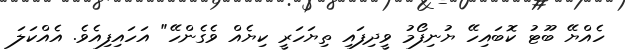
ހެއްޔޭ ބޫޓު ކޮބައިހޭ ޔުނިފޯމު ވީދިފައި ތިޔަހަރީ ކިޔެއް ވެގެންހޭ" އަހައިފިއެވެ. އެއްކަލަ